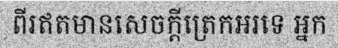
ពីរឥតមានសេចក្តីត្រេកអរទេ អ្នក